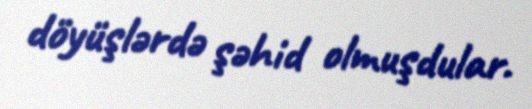
döyüşlərdə şəhid olmuşdular.